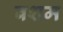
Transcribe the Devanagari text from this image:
बशम